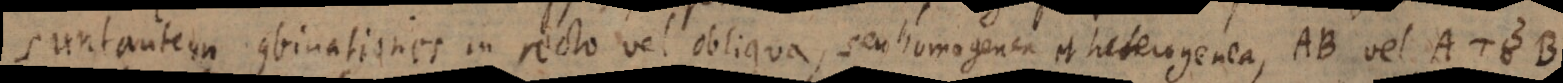
Sunt autem combinationes in recto vel obliquo, seu homogenea et heterogenea, AB vel A του